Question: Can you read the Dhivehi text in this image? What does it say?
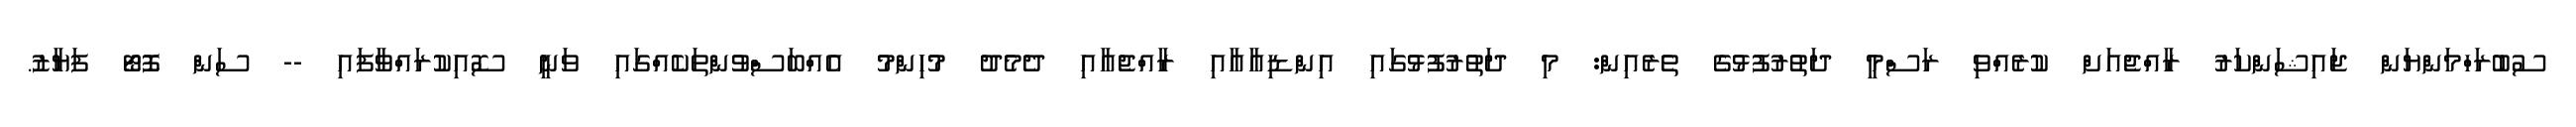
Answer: ސުބުރަހްމަންޔަން ޖައިޝަންކަރު ރާއްޖެއަށް ކުރެއްވި ރަސްމީ ދަތުރުފުޅުގެ ތެރެއިން: މި ދަތުރުފުޅުގައި އިންޑިއާއާއި ރާއްޖެއާއި ދެމެދު މުހިންމު އެއްބަސްވުންތަކެއްގައި ވަނީ ސޮއިކުރައްވާފައި -- ސަން ފޮޓޯ ފަޔާޒު.